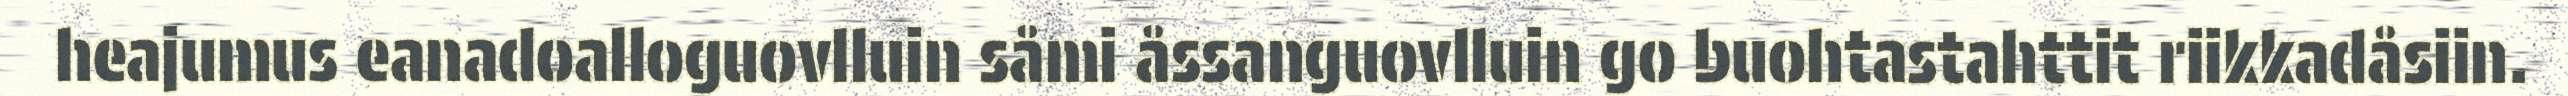
heajumus eanadoalloguovlluin såmi åssanguovlluin go buohtastahttit riikkadåsiin.